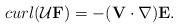
LaTeX: \begin{align*}curl({\cal U}{\bf F})=-({\bf V}\cdot\nabla){\bf E}.\end{align*}